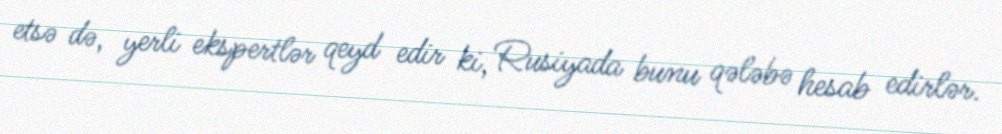
etsə də, yerli ekspertlər qeyd edir ki, Rusiyada bunu qələbə hesab edirlər.